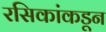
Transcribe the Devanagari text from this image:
रसिकांकडून